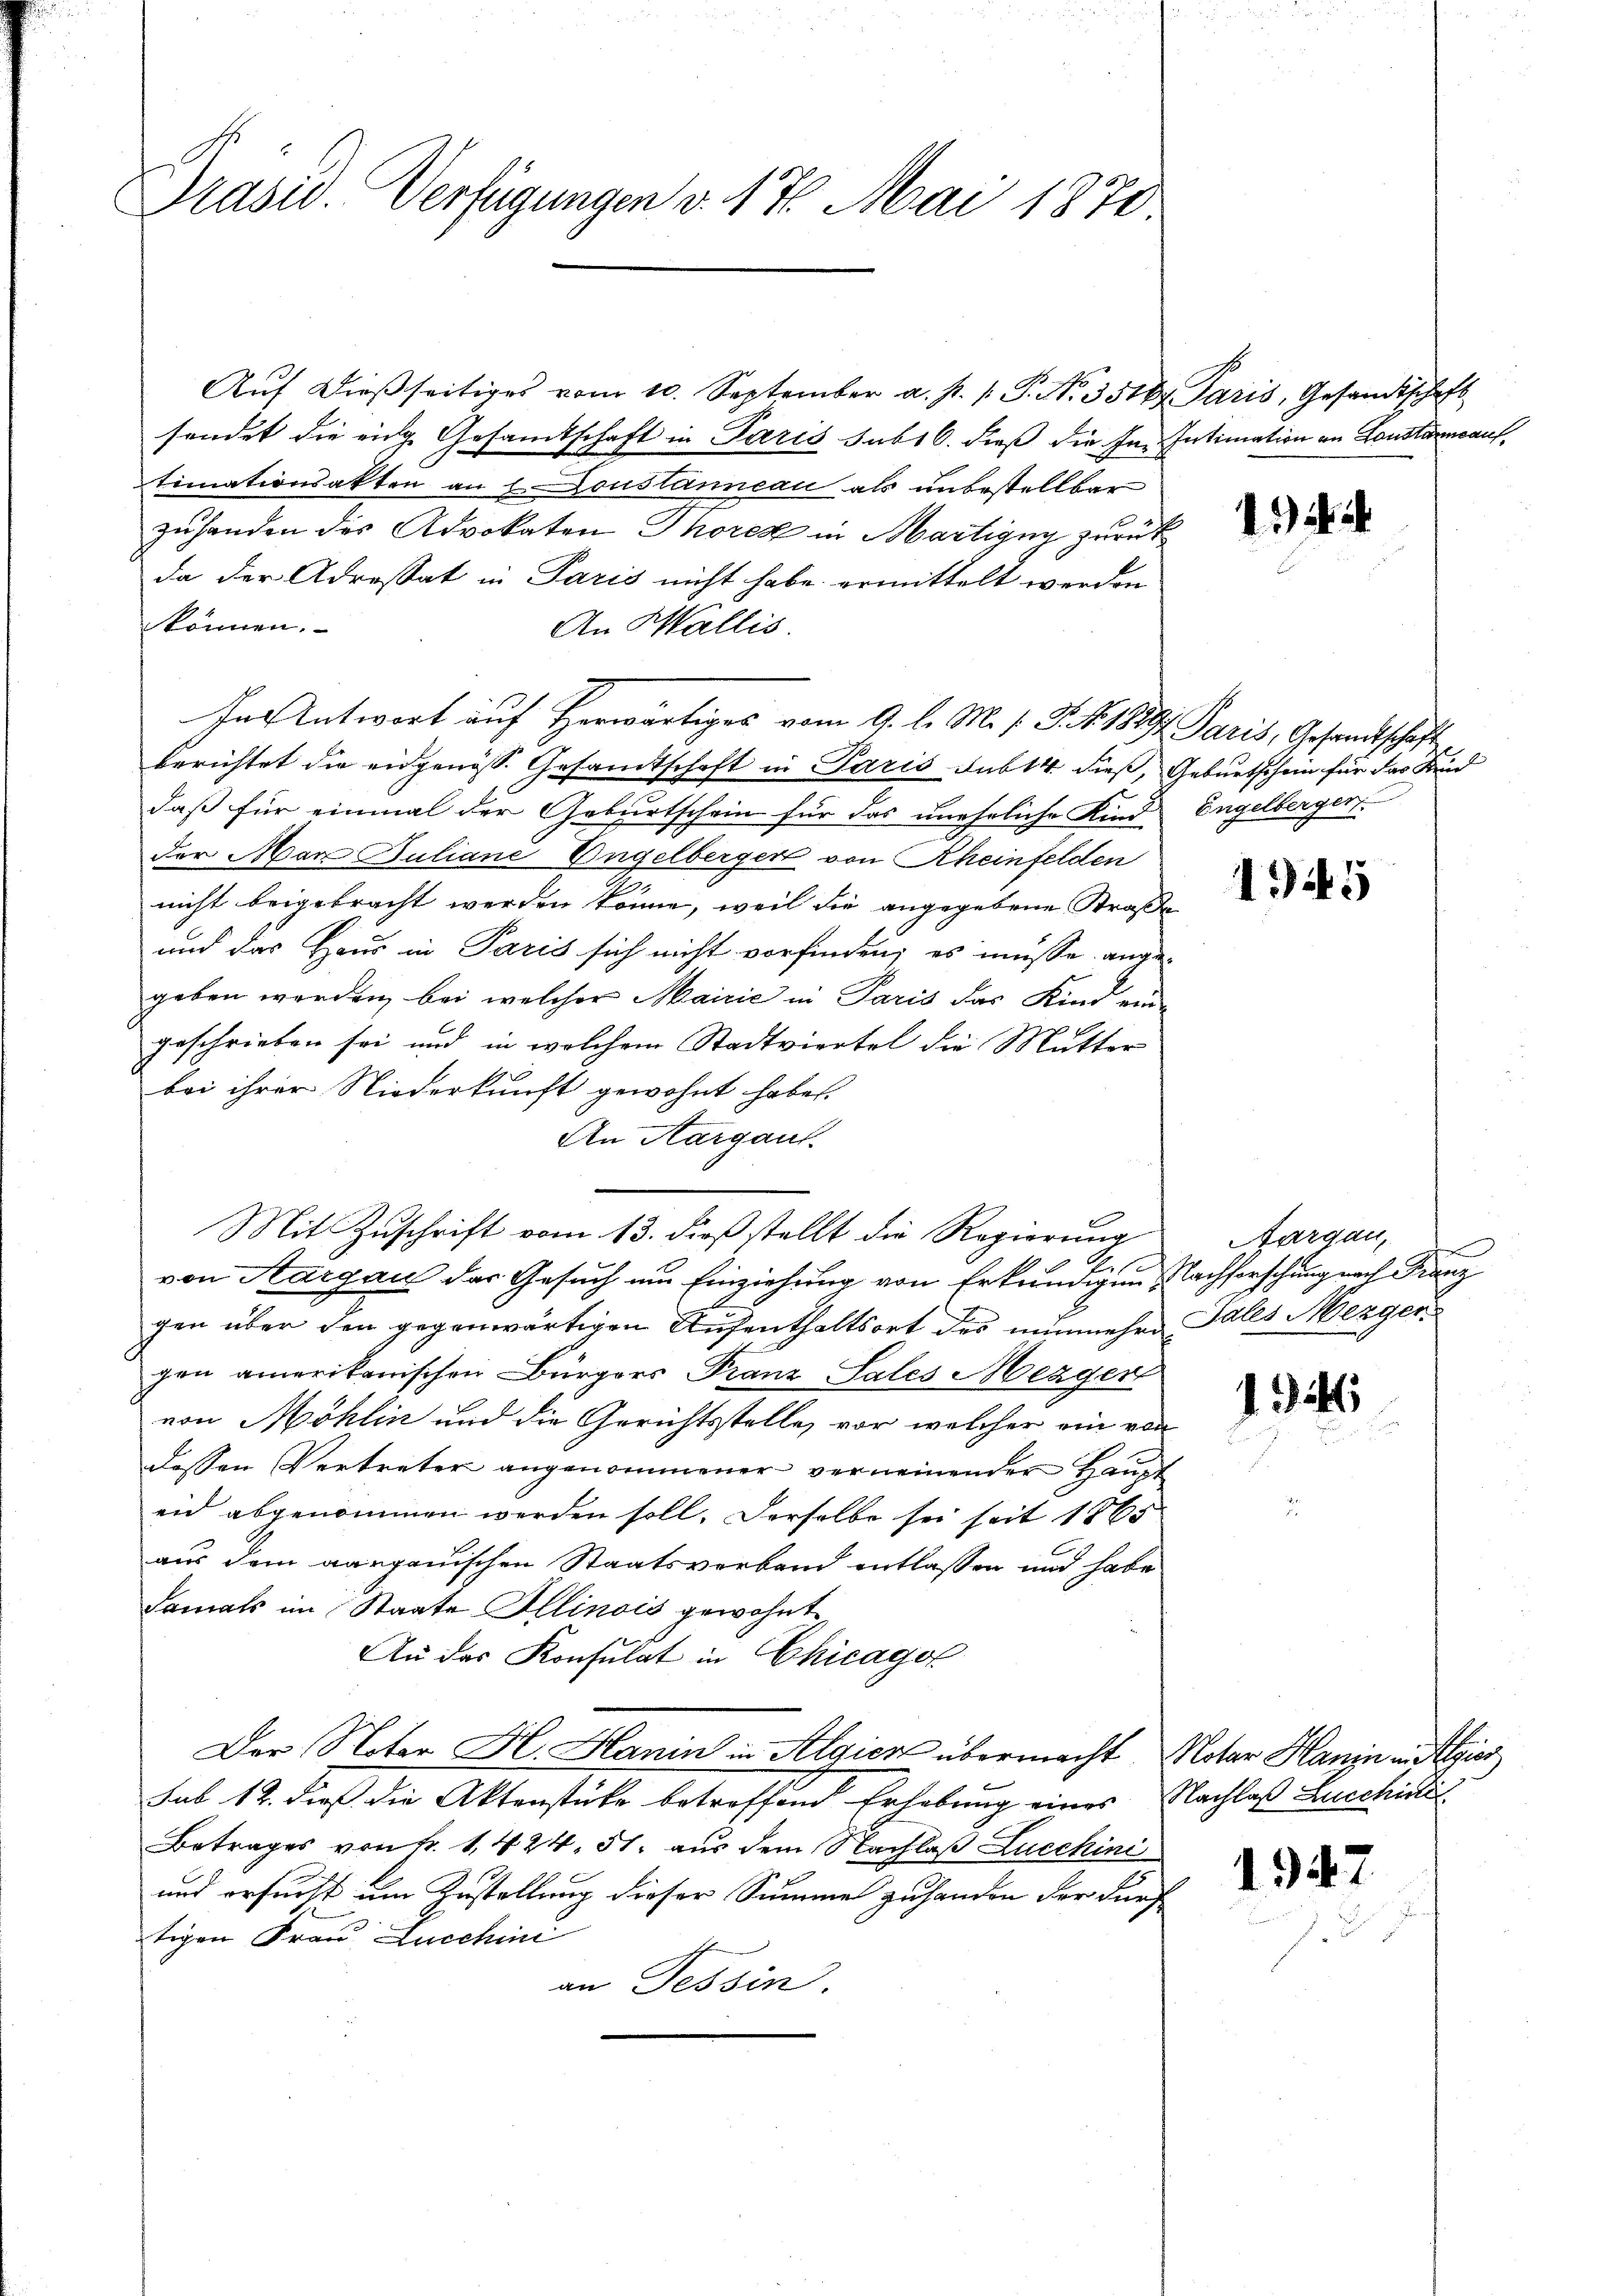
Präsid. Verfügungen v. 17. Mai 1870.

Aŭf dießseitiges vom 10. September a. p. 1. P. No. 35164. Paris, Gesandtschaft
sendet die eige Gesamtschaft in Paris sub 16. dieß die Im Intimation an Loustaunauf,
timationsakten an 1. Doustanneau als unbestellbar
zuhanden des Advokaten Thoren in Martigny zurück
da der Adressat in Paris nicht habe ermittelt werden
können.
An Wallis.
In Antwort auf Herwärtiges vom 9. l. M. s. S. N. 1889. Paris, Gesandtschaft
berichtet die eidgenöss. Gesandtschaft in Paris sub 14. dieß, Geburtschein für das Kind
daß für einmal der Geburtschein für das uneheliche Kind Engelberger
der Max Juliane Ungelberger von Rheinfelden
2
nicht beigebracht werden könne, weil die angegebene Straße
und das Haus in Paris sich nicht vorfinden; es müsse angegeben werden, bei welcher Mairie in Paris das Kind ein-
geschrieben sei und in welchem Stadtviertel die Mutter
bei ihrer Niederkunft gewohnt habe.
An Aargauf
Mit Zuschrift vom 13. dieß stellt die Regierung
A
von Aargau der Gesuch um Einziehung von Erkundigen Nachforschung nach Franz
gen über den gegenwärtigen Aufenthaltsort der nunmehro Tales Mezgen
gen amerikanischen Bürgers Franz, Sales Mezger
von Möhlin und die Gerichtsstelle, vor welcher ein von
dessen Vertreter angenommener verneinender Haupt
eid abgenommen werden soll. Derselbe sei seit 1865
aus dem aargauischen Staatsverband entlassen und habe
damals im Staate Illinois gewohnt
An des Konsulat in Chicago
Der Notar H. Hanin in Algien übermacht Motar Hanin in Algier
sub 12. dieß die Aktenstücke betreffend Erhebung eines Nachlaß Lucchidli
Betrages von Fr. 1424. 51. aus dem Nachlaß Lucchini
und ersucht um Zustellung dieser Summe zu handen der durch
tigen Frau Lucchini
an Tessin.

14

4i5

Aargau,
t

1341

1947